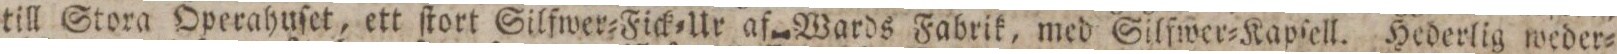
till Stora Operahuſet, ett ſtort Silfwer=Fick=Ur af Wards Fabrik, med Silfwer=Kapſell. Hederlig weder=